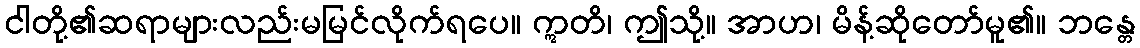
ငါတို့၏ဆရာများလည်းမမြင်လိုက်ရပေ။ ဣတိ၊ ဤသို့။ အာဟ၊ မိန့်ဆိုတော်မူ၏။ ဘန္တေ